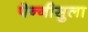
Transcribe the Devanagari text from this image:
पेन्‍नीसुला